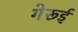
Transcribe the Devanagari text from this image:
गेरूई